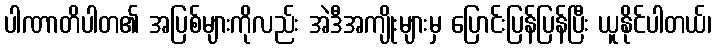
ပါဏာတိပါတ၏ အပြစ်များကိုလည်း အဲဒီအကျိုးများမှ ပြောင်းပြန်ပြန်ပြီး ယူနိုင်ပါတယ်၊